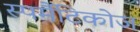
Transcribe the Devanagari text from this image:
स्पर्मैटिकोज